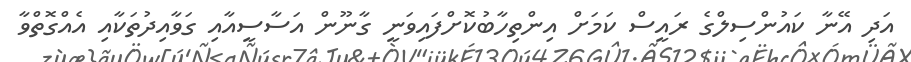
އަދި އޭނާ ކައުންސިލްގެ ރައީސް ކަމަށް އިންތިހާބުކޮށްފައިވަނީ ގާނޫން އަސާސީއާއި ގަވާއިދުތަކާއި އެއްގޮތްވާ